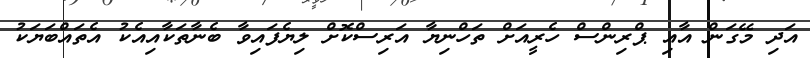
އަދި މޭގަން އާއި ޕްރިންސް ހެރީއަށް ތަހްނިޔާ އަރިސްކޮށް ލިޔެފައިވާ ބެނާތަކާއިއެކު އެތައްބަޔަކު